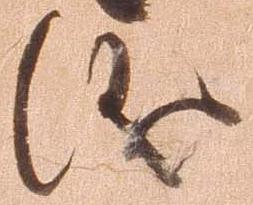
儀